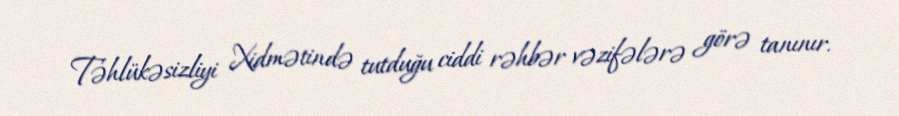
Təhlükəsizliyi Xidmətində tutduğu ciddi rəhbər vəzifələrə görə tanınır.